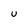
Character: U